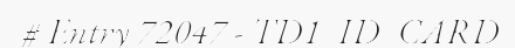
# Entry 72047 - TD1_ID_CARD